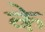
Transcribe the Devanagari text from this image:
के